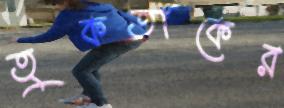
তুকতাকের